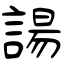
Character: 諹